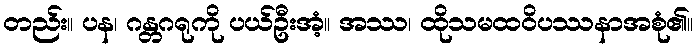
တည်း။ ပန၊ ဂန္တဂရုကို ပယ်ဦးအံ့။ အဿ၊ ထိုသမထဝိပဿနာအစုံ၏။